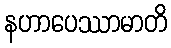
နဟာပေဿာမာတိ